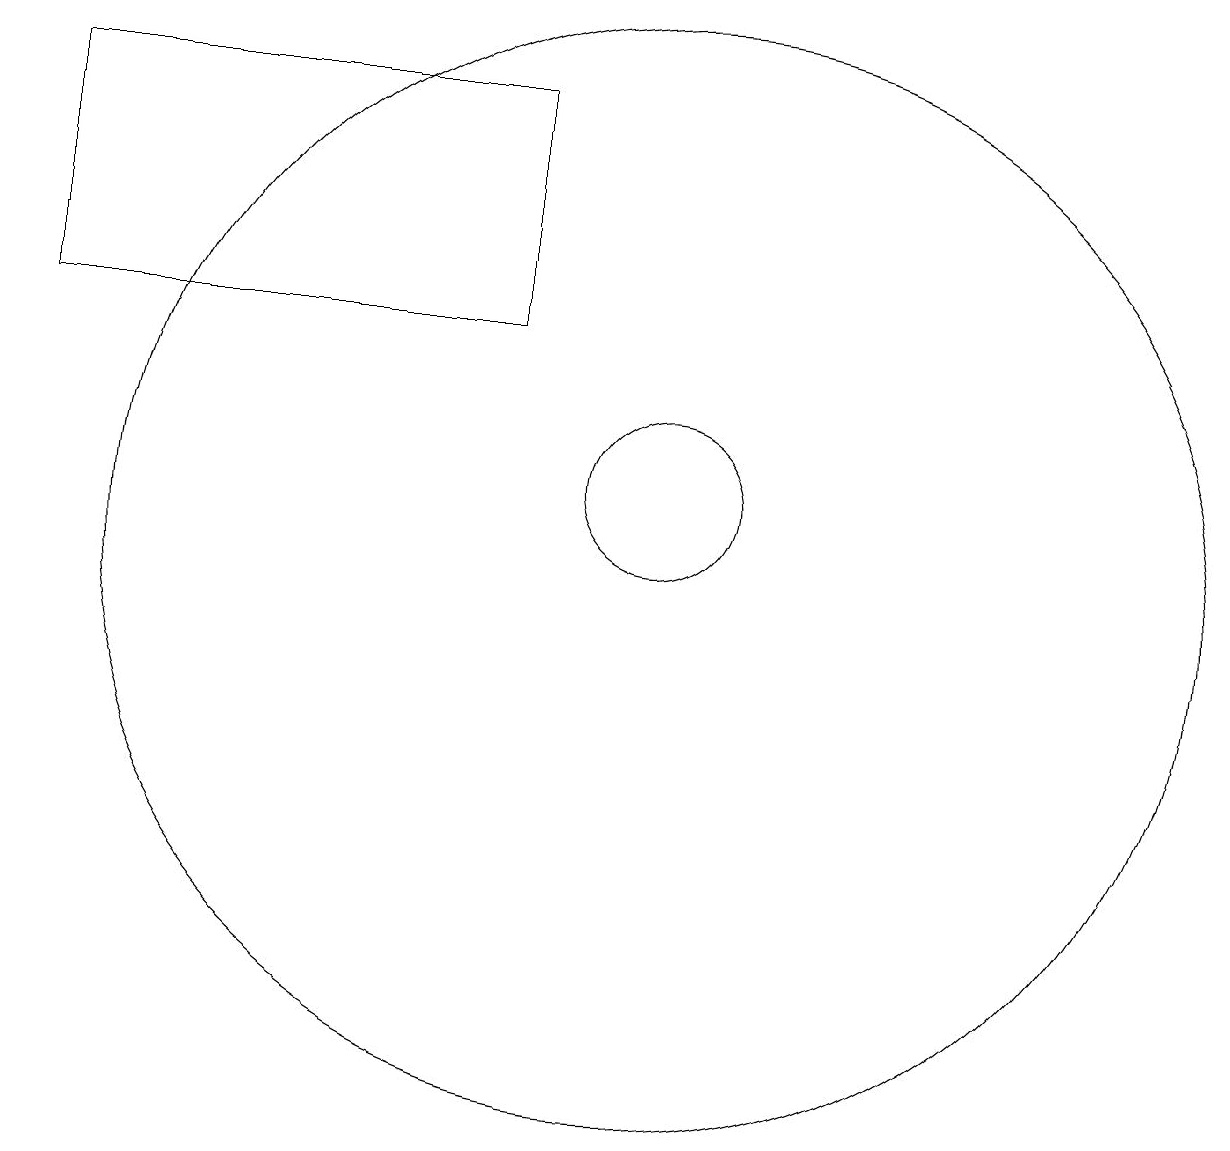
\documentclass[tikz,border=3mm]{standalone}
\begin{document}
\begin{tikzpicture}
\draw (3,14) rectangle (9,17);
\draw (11,11) circle (7);
\draw (11,12) circle (1);
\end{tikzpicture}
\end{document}